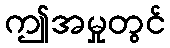
ဤအမှုတွင်